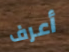
أعرف